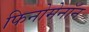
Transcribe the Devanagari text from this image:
फिनोमेनॉन